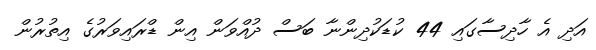
އަދި އެ ހާދިސާގައި 44 ކުޑަކުދިންނާ ބަސް ދުއްވަން އިން ޑްރައިވަރުގެ އިތުރުން